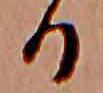
る